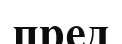
пред